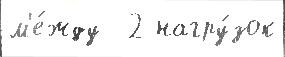
м'е́жду  2 нагру́зок